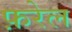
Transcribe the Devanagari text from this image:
फ़रेल